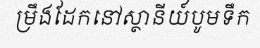
ម្រឹងដែកនៅស្ថានីយ៍បូមទឹក